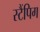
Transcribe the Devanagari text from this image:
स्टैंपिग